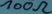
Text: 100Ω